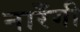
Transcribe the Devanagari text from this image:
नारँगी